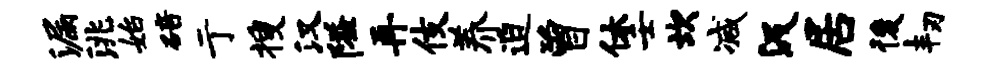
漏洮始碚亍搜汉隘再伎养迫曾休壬坎减汲居後韧